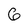
Character: 6